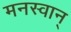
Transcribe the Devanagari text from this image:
मनस्वान्